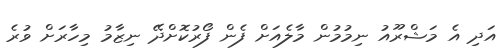
އަދި އެ މަޝްރޫއު ނިމުމުން މާލެއަށް ފެން ފޯރުކޮށްދޭ ނިޒާމު މިހާރަށް ވުރެ